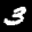
Label: 3